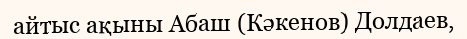
айтыс ақыны Абаш (Кәкенов) Долдаев,